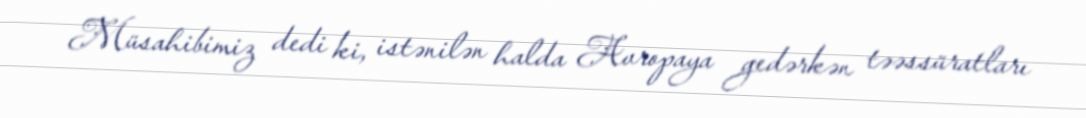
Müsahibimiz dedi ki, istənilən halda Avropaya gedərkən təəssüratları